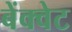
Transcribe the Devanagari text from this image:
बेंक्वेट